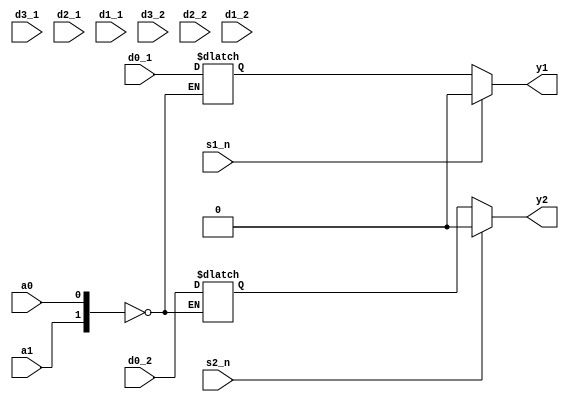
`timescale 1ns / 1ps
/////////////////////////////////////////////////////////////////
// Module Name: two_mux_4_to_1
// Description: Two 4-input Digital Multiplexers with DELAY configuration parameter
// Parameters: DELAY
/////////////////////////////////////////////////////////////////

module two_mux_4_to_1 #(parameter DELAY = 10)(
    input s1_n,s2_n,a1,a0,d3_1,d2_1,d1_1,d0_1,d3_2,d2_2,d1_2,d0_2,
    output y1,y2
    );
    reg y1_reg,y2_reg;
    always@(*)
        case({a1,a0})
            00:begin 
                y1_reg = d0_1;
                y2_reg = d0_2;
            end
            00:begin 
                y1_reg = d1_1;
                y2_reg = d1_2;
            end
            00:begin 
                y1_reg = d2_1;
                y2_reg = d2_2;
            end
            00:begin 
                y1_reg = d3_1;
                y2_reg = d3_2;
            end
        endcase
    
    assign #DELAY y1 = (s1_n)? 1'b0 : y1_reg;
    assign #DELAY y2 = (s2_n)? 1'b0 : y2_reg;
endmodule